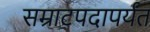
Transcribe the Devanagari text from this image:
सम्राटपदापर्यंत